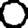
Digit: 0